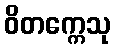
ဝိတက္ကေသု